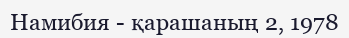
Намибия - қарашаның 2, 1978